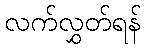
လက်လွှတ်ရန်